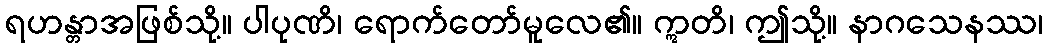
ရဟန္တာအဖြစ်သို့။ ပါပုဏိ၊ ရောက်တော်မူလေ၏။ ဣတိ၊ ဤသို့။ နာဂသေနဿ၊